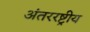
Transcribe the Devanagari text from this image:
अंतररष्ट्रीय